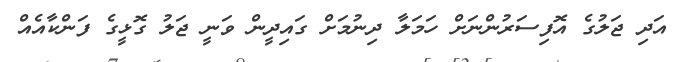
އަަދި ޖަލުގެ އޮފިސަރުންނަށް ހަމަލާ ދިނުމަށް ގައިދީން ވަނީ ޖަލު ގޮޅީގެ ފަންކާއެއް